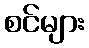
စင်များ